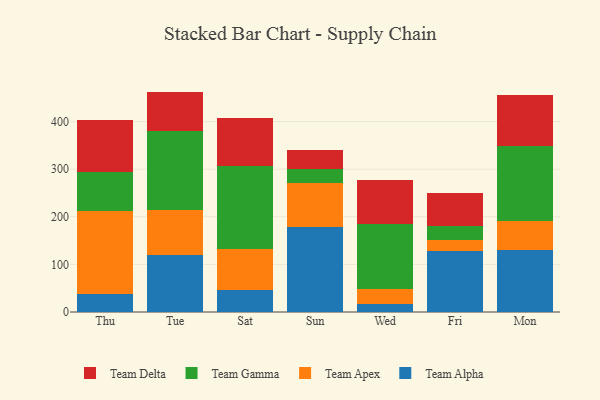
{"axis": {"x": "Day", "y": "Website Visitors"}, "legend": ["Team Alpha", "Team Apex", "Team Delta", "Team Gamma"], "data": [{"x": "Thu", "y": 38.6, "type": "Team Alpha"}, {"x": "Thu", "y": 173.3, "type": "Team Apex"}, {"x": "Thu", "y": 82.8, "type": "Team Gamma"}, {"x": "Thu", "y": 108.4, "type": "Team Delta"}, {"x": "Tue", "y": 120.5, "type": "Team Alpha"}, {"x": "Tue", "y": 93.0, "type": "Team Apex"}, {"x": "Tue", "y": 167.7, "type": "Team Gamma"}, {"x": "Tue", "y": 81.7, "type": "Team Delta"}, {"x": "Sat", "y": 45.8, "type": "Team Alpha"}, {"x": "Sat", "y": 87.0, "type": "Team Apex"}, {"x": "Sat", "y": 174.5, "type": "Team Gamma"}, {"x": "Sat", "y": 100.2, "type": "Team Delta"}, {"x": "Sun", "y": 178.4, "type": "Team Alpha"}, {"x": "Sun", "y": 92.0, "type": "Team Apex"}, {"x": "Sun", "y": 30.4, "type": "Team Gamma"}, {"x": "Sun", "y": 38.5, "type": "Team Delta"}, {"x": "Wed", "y": 17.6, "type": "Team Alpha"}, {"x": "Wed", "y": 30.6, "type": "Team Apex"}, {"x": "Wed", "y": 136.8, "type": "Team Gamma"}, {"x": "Wed", "y": 92.5, "type": "Team Delta"}, {"x": "Fri", "y": 127.4, "type": "Team Alpha"}, {"x": "Fri", "y": 22.8, "type": "Team Apex"}, {"x": "Fri", "y": 30.0, "type": "Team Gamma"}, {"x": "Fri", "y": 70.4, "type": "Team Delta"}, {"x": "Mon", "y": 129.2, "type": "Team Alpha"}, {"x": "Mon", "y": 61.7, "type": "Team Apex"}, {"x": "Mon", "y": 157.9, "type": "Team Gamma"}, {"x": "Mon", "y": 107.8, "type": "Team Delta"}]}